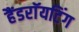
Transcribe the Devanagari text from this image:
हैंडराॅयटिंग